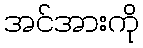
အင်အားကို